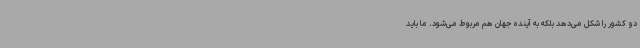
دو کشور را شکل می‌دهد بلکه به آینده جهان هم مربوط می‌شود. ما باید